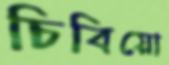
চিবিয়ো